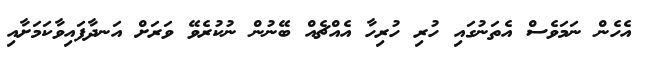
އެހެން ނަމަވެސް އެތަނުގައި ހުރި ހުރިހާ އެއްޗެއް ބޭނުން ނުކުރެވޭ ވަަރަށް އަނދާފައިވާކަމަށާއި